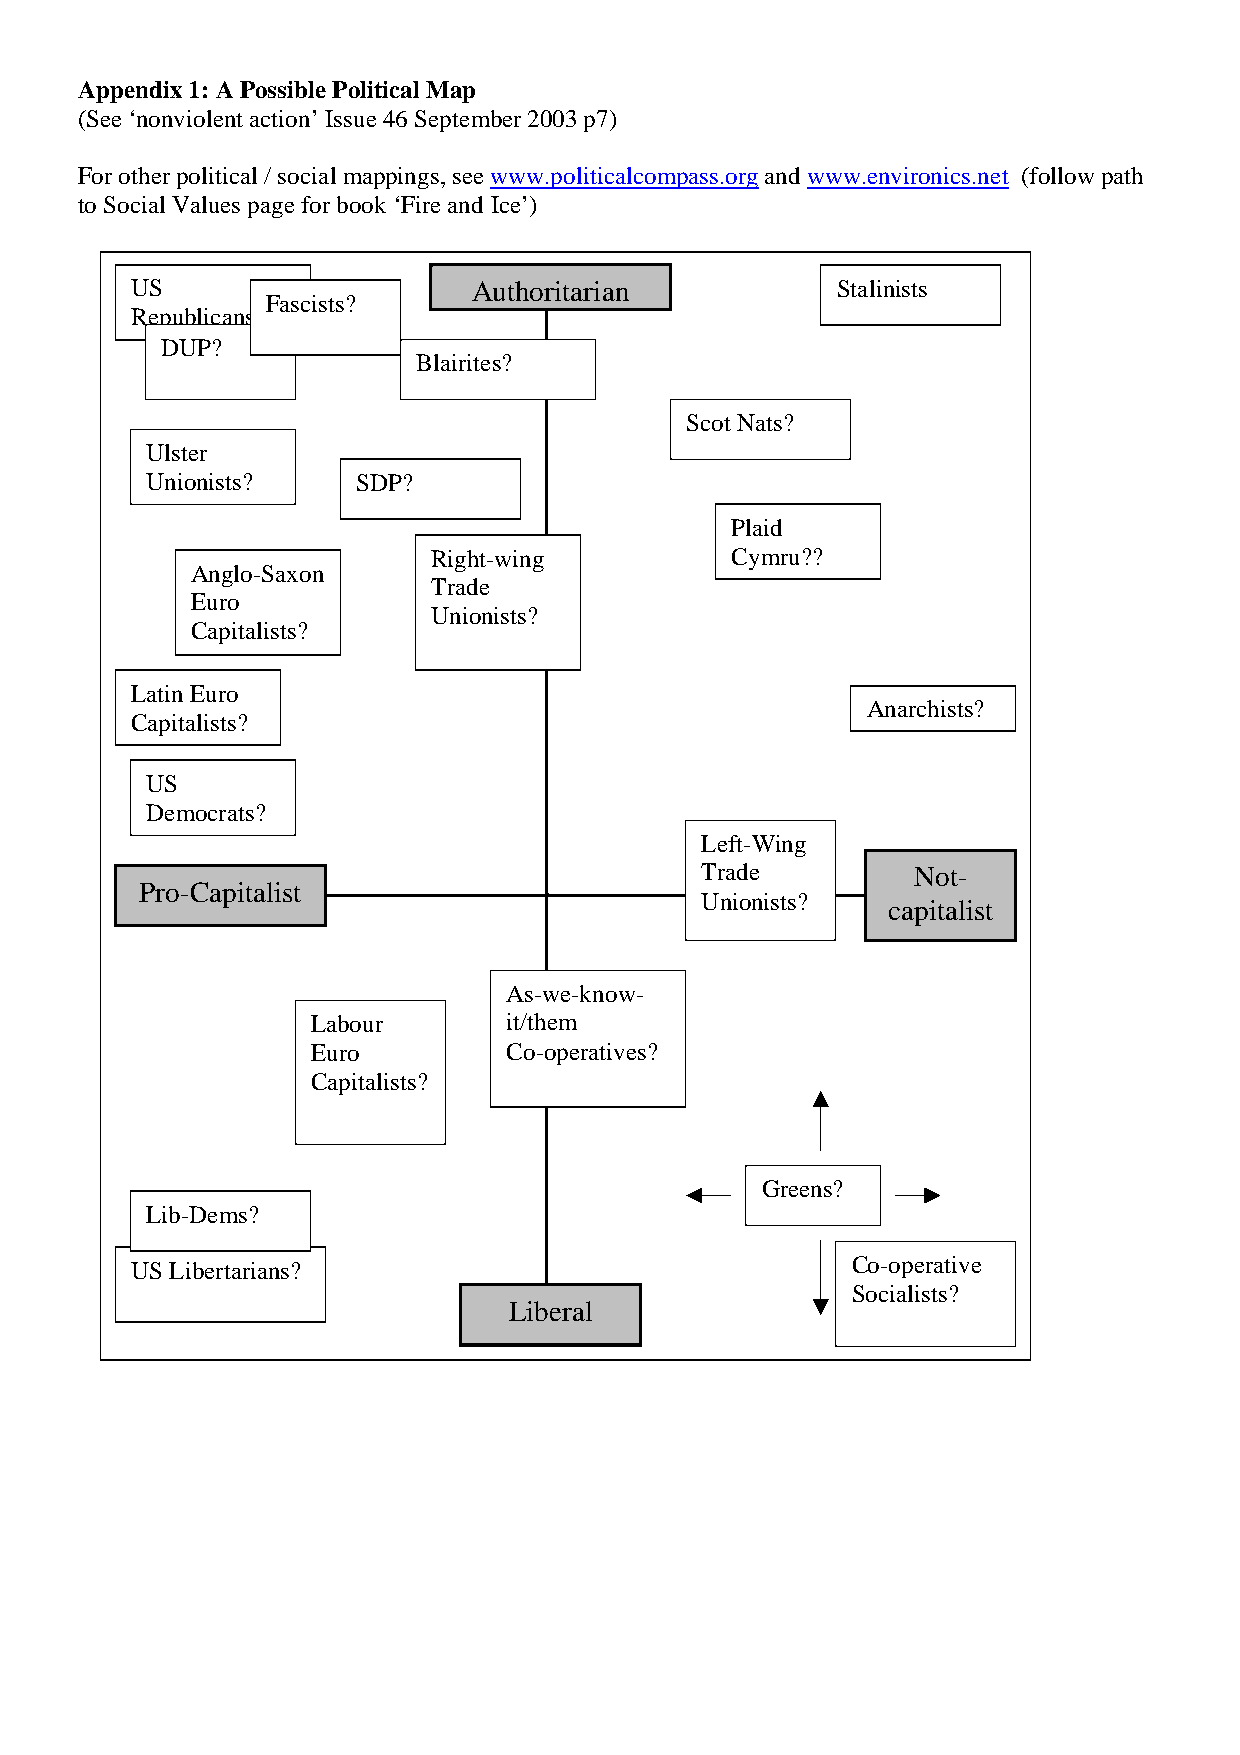
Appendix 1: A Possible Political Map
 (See ‘nonviolent action’ Issue 46 September 2003 p7)
 For other political / social mappings, see www.politicalcompass.org and www.environics.net (follow path
 to Social Values page for book ‘Fire and Ice’)
 US                    Authoritarian           Stalinists
 Fascists?
 Republicans?
 DUP?
 Blairites?
 Scot Nats?
 Ulster
 Unionists?    SDP?
 Plaid
 Right-wing         Cymru??
 Anglo-Saxon
 Trade
 Euro
 Unionists?
 Capitalists?
 Latin Euro
 Anarchists?
 Capitalists?
 US
 Democrats?
 Left-Wing
 Trade         Not-
 Pro-Capitalist
 Unionists?
 capitalist
 As-we-know-
 Labour       it/them
 Euro         Co-operatives?
 Capitalists?
 Greens?
 Lib-Dems?
 US Libertarians?                               Co-operative
 Socialists?
 Liberal